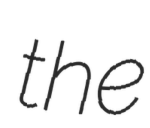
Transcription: the